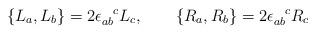
LaTeX: \begin{align*}\{ L_a ,L_b \} = 2\epsilon_{ab}^{\phantom{ab}c} L_c, \qquad\{R_a,R_b \} = 2\epsilon_{ab}^{\phantom{ab}c} R_c\end{align*}